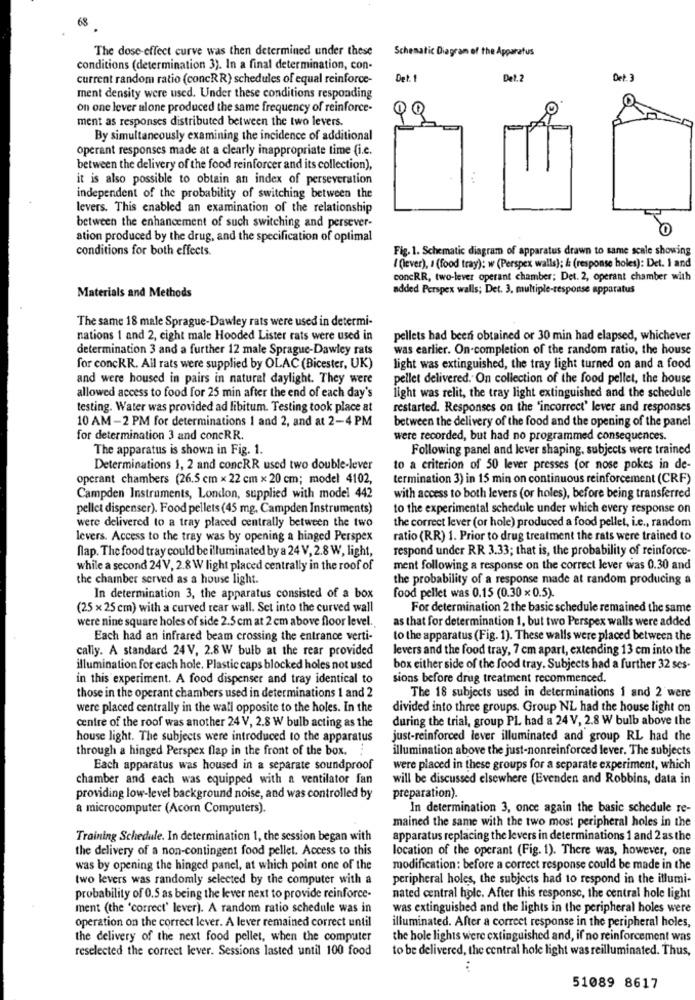
68
The dose-effect curve was then determined under these
Schematic Diagram of the Apparatus
conditions (determination 3). In a final determination, con-
current random ratio (concRR) schedules of equal reinforce-
Det. 1
Det.
Det. 3
ment density were used. Under these conditions responding
on one lever alone produced the same frequency of reinforce-
ment as responses distributed between the two levers.
By simultaneously examining the incidence of additional
operant responses made at a clearly inappropriate time (i.e.
between the delivery of the food reinforcer and its collection),
it is also possible to obtain an index of perseveration
independent of the probability of switching between the
levers. This enabled an examination of the relationship
between the enhancement of such switching and persever-
ation produced by the drug, and the specification of optimal
conditions for both effects.
Fig. 1. Schematic diagram of apparatus drawn to same scale showing
{ (lever), I (food tray): w (Perspex walls); & (response holes): Det. 1 and
concRR, two-lever operant chamber; Det. 2, operant chamber with
Materials and Methods
added Perspex walls; Det. 3. multiple-response apparatus
The same 18 male Sprague-Dawley rats were used in determi-
nations 1 and 2, eight male Hooded Lister rats were used in
pellets had been obtained or 30 min had elapsed, whichever
determination 3 and a further 12 male Sprague-Dawley rats
was earlier. On-completion of the random ratio, the house
for conckR. All rats were supplied by OLAC (Bicester, UK)
light was extinguished, the tray light turned on and a food
and were housed in pairs in natural daylight. They were
pellet delivered. On collection of the food pellet, the house
light was relit, the tray light extinguished and the schedule
allowed access to food for 25 min after the end of each day's
testing. Water was provided ad libitum. Testing took place at
restarted. Responses on the "incorrect' lever and responses
10 AM -2 PM for determinations 1 and 2, and at 2-4 PM
between the delivery of the food and the opening of the panel
for determination 3 and concRR.
were recorded, but had no programmed consequences.
The apparatus is shown in Fig. 1.
Following panel and lever shaping, subjects were trained
Determinations 1, 2 and concRR used two double-lever
to a criterion of 50 lever presses for nose pokes in de-
operant chambers (26.5 cm x 22 cm x 20 cm; model 4102,
termination 3) in 15 min on continuous reinforcement (CRF)
Campden Instruments, London, supplied with model 442
with access to both levers (or holes), before being transferred
pellet dispenser). Food pellets (45 mg, Campden Instruments)
to the experimental schedule under which every response on
were delivered to a tray placed centrally between the two
the correct lever (or hole) produced a food pellet, i.e ., random
levers. Access to the tray was by opening a hinged Perspex
ratio (RR) 1. Prior to drug treatment the rats were trained to
flap. The food tray could be illuminated by a 24 V, 2.8 W, light,
respond under RR 3.33; that is, the probability of reinforce-
while a second 24V, 2.8 W light placed centrally in the roof of
ment following a response on the correct lever was 0.30 and
the chamber served as a house light.
the probability of a response made at random producing a
food pellet was 0.15 (0.30 ×0.5).
In determination 3, the apparatus consisted of a box
(25 x 25 cm) with a curved rear wall. Set into the curved wall
For determination 2 the basic schedule remained the same
were nine square holes of side 2.5 cm at 2 cm above floor level.
as that for determination 1, but two Perspex walls were added
Each had an infrared beam crossing the entrance verti-
to the apparatus (Fig. 1). These walls were placed between the
cally. A standard 24 V, 2.8 W bulb at the rear provided
levers and the food tray, 7 cm apart, extending 13 cm into the
illumination for each hole. Plastic caps blocked holes not used
box either side of the food tray. Subjects had a further 32 ses-
in this experiment. A food dispenser and tray identical to
sions before drug treatment recommenced.
those in the operant chambers used in determinations 1 and 2
The 18 subjects used in determinations 1 and 2 were
were placed centrally in the wall opposite to the holes. In the
divided into three groups. Group NL had the house light on
centre of the roof was another 24 V, 2.8 W bulb acting as the
during the trial, group PL had a 24 V, 2.8 W bulb above the
house light. The subjects were introduced to the apparatus
just-reinforced lever illuminated and group RL had the
through a hinged Perspex flap in the front of the box.
illumination above the just-nonreinforced lever. The subjects
Each apparatus was housed in a separate soundproof
were placed in these groups for a separate experiment, which
chamber and each was equipped with a ventilator fan
will be discussed elsewhere (Evenden and Robbins, data in
preparation).
providing low-level background noise, and was controlled by
a microcomputer (Acorn Computers).
In determination 3, once again the basic schedule re-
mained the same with the two most peripheral holes in the
Training Schedule. In determination 1, the session began with
apparatus replacing the levers in determinations 1 and 2 as the
the delivery of a non-contingent food pellet. Access to this
location of the operant (Fig. 1). There was, however, one
was by opening the hinged panel, at which point one of the
modification: before a correct response could be made in the
two levers was randomly selected by the computer with a
peripheral holes, the subjects had to respond in the illumi-
probability of 0.5 as being the lever next to provide reinforce-
nated central hole. After this response, the central hole light
ment (the 'correct' lever). A random ratio schedule was in
was extinguished and the lights in the peripheral holes were
operation on the correct lever. A lever remained correct until
illuminated. After a correct response in the peripheral holes,
the delivery of the next food pellet, when the computer
the hole lights were extinguished and, if no reinforcement was
reselected the correct lever. Sessions lasted until 100 food
to be delivered, the central hole light was reilluminated. Thus,
51089 8617